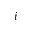
i